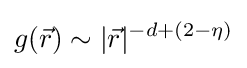
g({\vec {r}})\sim |{\vec {r}}|^{-d+(2-\eta )}\,\!